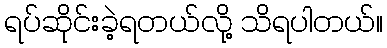
ရပ်ဆိုင်းခဲ့ရတယ်လို့ သိရပါတယ်။